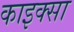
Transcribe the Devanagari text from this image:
काइक्सा